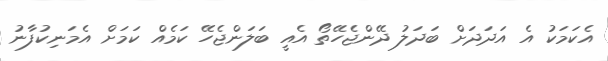
އެކަމަކު އެ އަދަދަށް ބަދަލު ދޭންޖެހޭތޯ އެއީ ބަލަންޖެހޭ ކަމެއް ކަމަށް އެމަނިކުފާނު